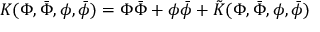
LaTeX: K ( \Phi , \bar { \Phi } , \phi , \bar { \phi } ) = \Phi \bar { \Phi } + \phi \bar { \phi } + \tilde { K } ( \Phi , \bar { \Phi } , \phi , \bar { \phi } )